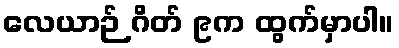
လေယာဉ် ဂိတ် ၉က ထွက်မှာပါ။